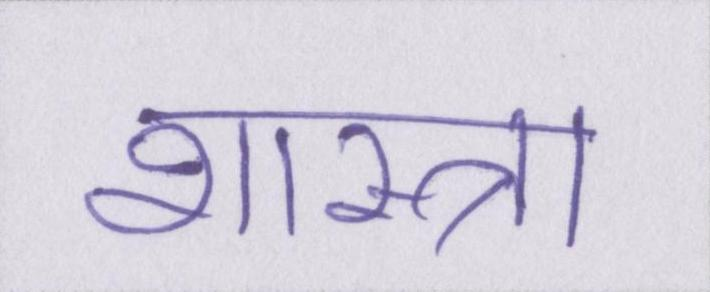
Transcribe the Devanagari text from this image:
शास्त्रा